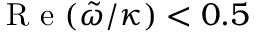
\mathrm { ~ R ~ e ~ } ( \tilde { \omega } / \kappa ) < 0 . 5